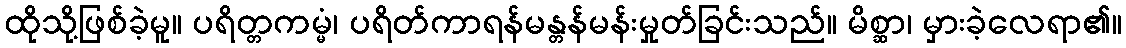
ထိုသို့ဖြစ်ခဲ့မူ။ ပရိတ္တကမ္မံ၊ ပရိတ်ကာရန်မန္တန်မန်းမှုတ်ခြင်းသည်။ မိစ္ဆာ၊ မှားခဲ့လေရာ၏။